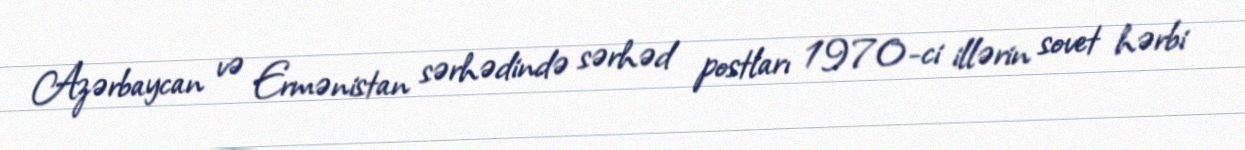
Azərbaycan və Ermənistan sərhədində sərhəd postları 1970-ci illərin sovet hərbi